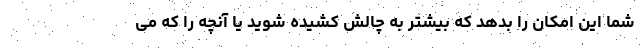
شما این امکان را بدهد که بیشتر به چالش کشیده شوید یا آنچه را که می